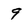
Character: 9